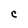
Character: C